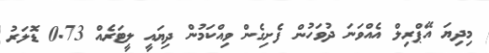
މިދިޔަ އޭޕްރިލް އެއްވަނަ ދުވަހުން ފެށިގެން ވިއްކަމުން ދިޔައީ ލީޓަރެއް 0.73 ޑޮލަރު